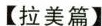
【拉美篇】